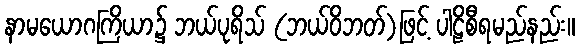
နာမယောဂကြိယာ၌ ဘယ်ပုရိသ် (ဘယ်ဝိဘတ်)ဖြင့် ပါဠိစီရမည်နည်း။